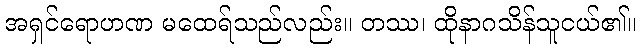
အရှင်ရောဟဏ မထေရ်သည်လည်း။ တဿ၊ ထိုနာဂသိန်သူငယ်၏။